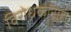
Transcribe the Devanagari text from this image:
विरोधकांनाही